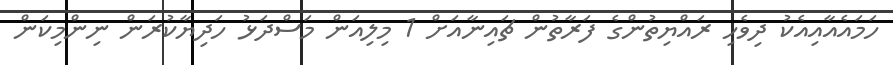
ހަމައެއާއިއެކު ދިވެހި ރައްޔިތުންގެ ފަރާތުން ޗައިނާއަށް 1 މިލިއަން މަސްދަޅު ހަދިޔާކުރަން ނިންމިކަން